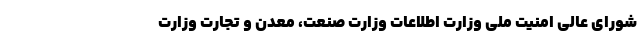
شورای عالی امنیت ملی وزارت اطلاعات وزارت صنعت، معدن و تجارت وزارت